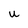
Character: U